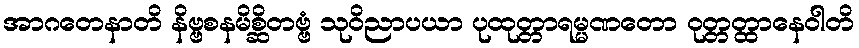
အာဂတေနာတိ နိဗ္ဗစနမိစ္ဆိတဗ္ဗံ သုဝိညာပယာ ပုထုတ္တာရမ္မဏတော ဝုတ္တတ္ထာနေဝါတိ